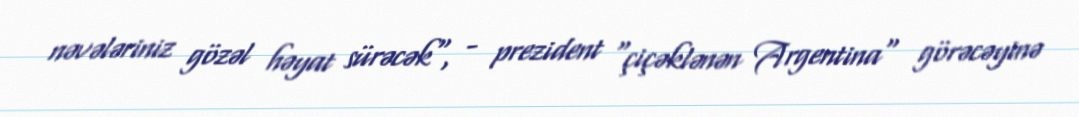
nəvələriniz gözəl həyat sürəcək", - prezident "çiçəklənən Argentina" görəcəyinə